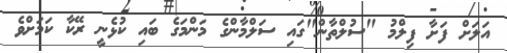
އަލަށް ފަށާ ފިލްމު "ސުލްތާން"ގައި ސަލްމާންގެ މަންމަގެ ބައި ކުޅެނީ ރޭކާ ކަމަށްވެ